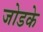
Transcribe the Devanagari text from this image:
जोडके